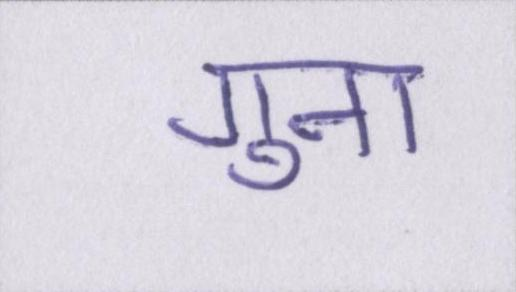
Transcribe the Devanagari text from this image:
गुना